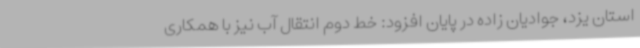
استان یزد، جوادیان زاده در پایان افزود: خط دوم انتقال آب نیز با همکاری